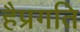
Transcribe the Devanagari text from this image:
हैप्रगति